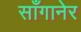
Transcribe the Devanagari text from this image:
साँगानेर